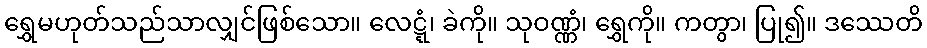
ရွှေမဟုတ်သည်သာလျှင်ဖြစ်သော။ လေဋ္ဋံ၊ ခဲကို။ သုဝဏ္ဏံ၊ ရွှေကို။ ကတွာ၊ ပြု၍။ ဒဿေတိ